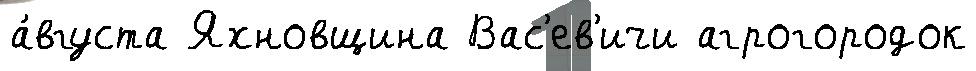
а́вгуста Яхновщина Вас'ев'ичи агрогородок